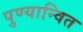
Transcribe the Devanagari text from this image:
पुण्यान्वित